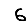
Digit: 6